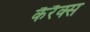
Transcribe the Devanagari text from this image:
कैरैक्स